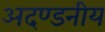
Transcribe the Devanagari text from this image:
अदण्डनीय